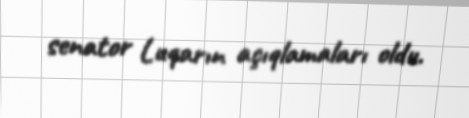
senator Luqarın açıqlamaları oldu.